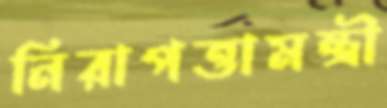
নিরাপত্তামন্ত্রী